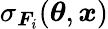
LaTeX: \sigma_{\boldsymbol{F}_{i}}(\boldsymbol{\theta},\boldsymbol{x})